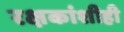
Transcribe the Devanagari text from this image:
रक्षकांशीही